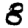
Digit: 8